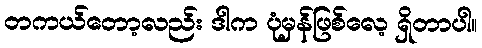
တကယ်တော့လည်း ဒါက ပုံမှန်ဖြစ်လေ့ ရှိတာပါ။